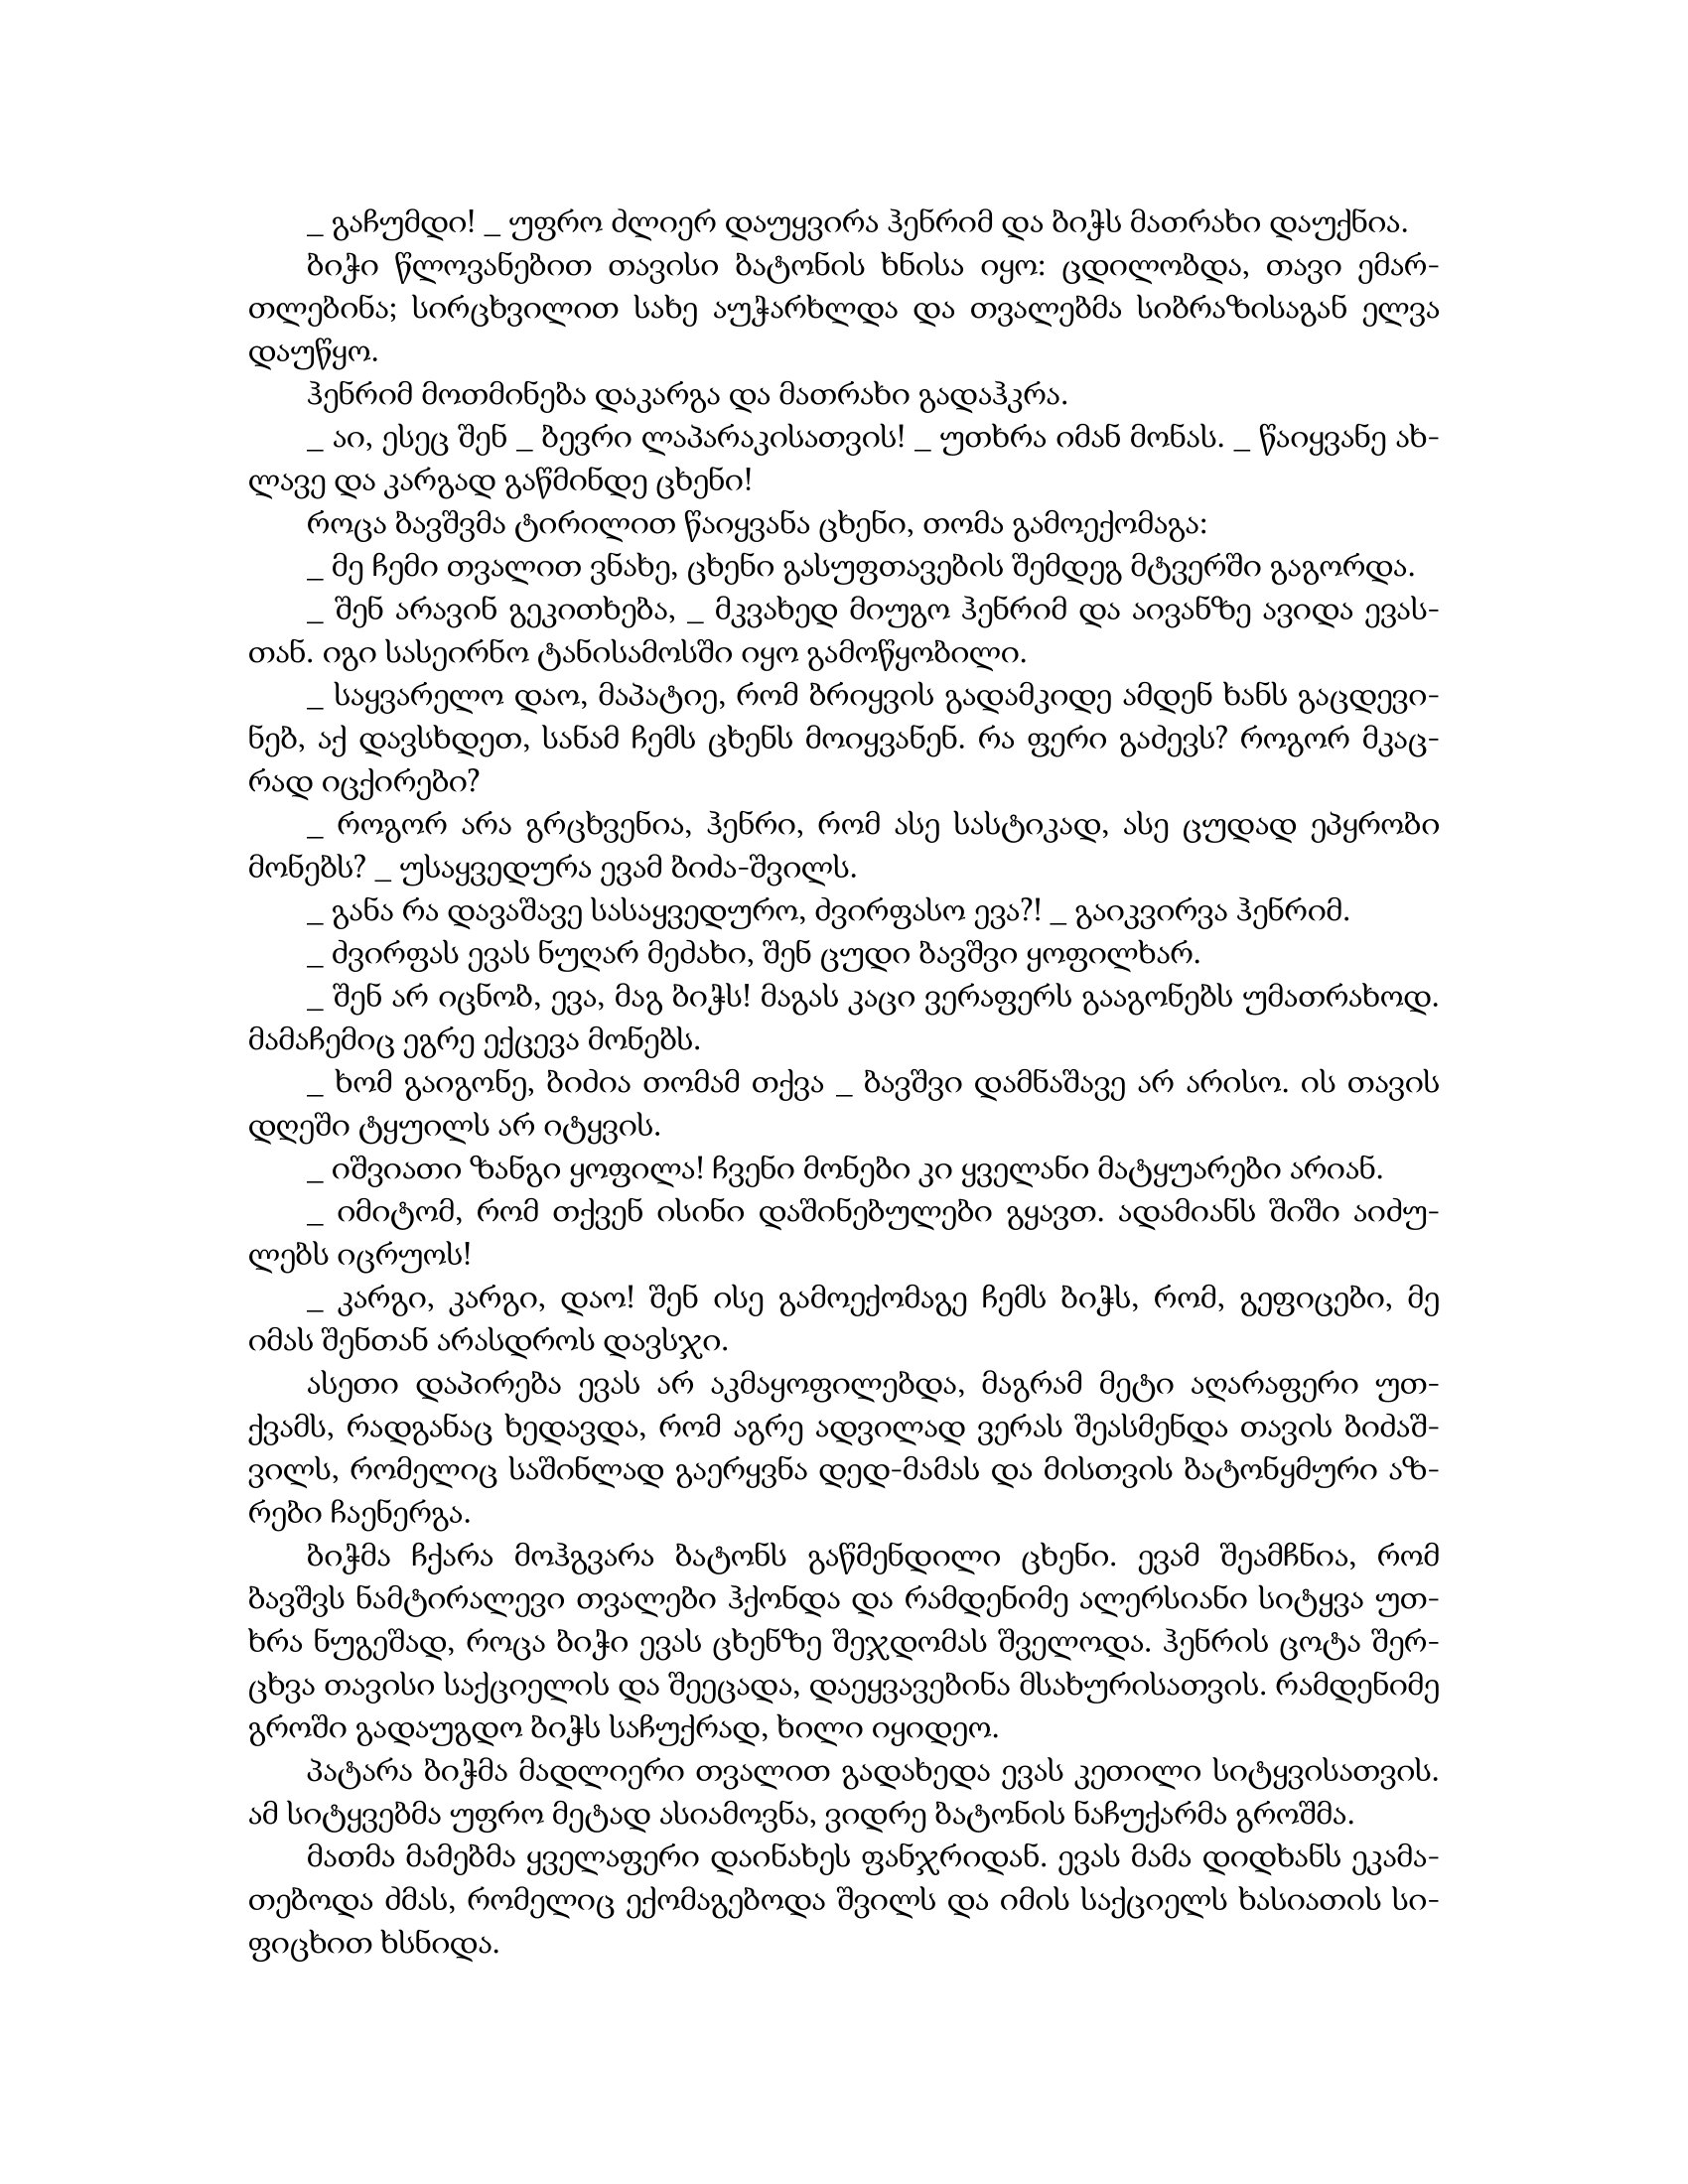
Language: gr